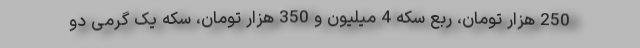
250 هزار تومان، ربع سکه 4 میلیون و 350 هزار تومان، سکه یک گرمی دو